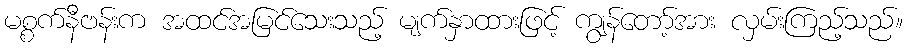
မစ္စက်နီဗန်းက အထင်အမြင်သေးသည့် မျက်နှာထားဖြင့် ကျွန်တော့်အား လှမ်းကြည့်သည်။